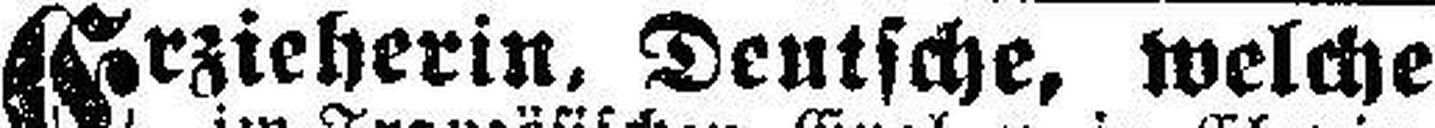
Erzieherin, Deutsche, welche